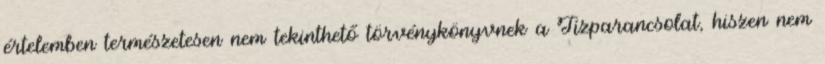
értelemben természetesen nem tekinthető törvénykönyvnek a Tízparancsolat, hiszen nem